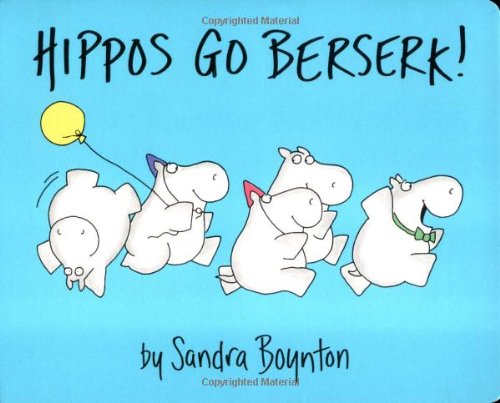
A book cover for Hippos Go Berserk!; Sandra Boynton; Children's Books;